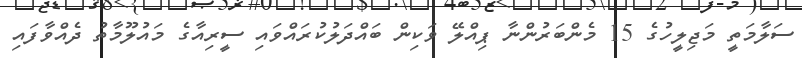
ސަލާމަތީ މަޖިލީހުގެ 15 މެންބަރުންނާ ޕިއްލޭ ވަކިން ބައްދަލުކުރައްވައި ސީރިއާގެ މައުލޫމާތު ދެއްވާފައި